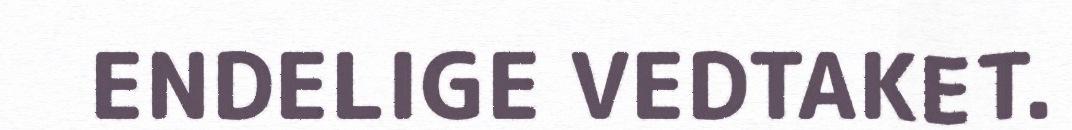
ENDELIGE VEDTAKET.